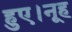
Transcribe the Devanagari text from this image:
हुए।नूह